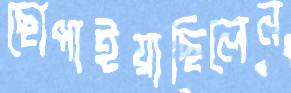
ছোপাইয়াছিলেন